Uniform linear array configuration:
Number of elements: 48
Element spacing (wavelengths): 0.75
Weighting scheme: uniform
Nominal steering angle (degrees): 0
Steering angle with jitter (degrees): -1.763
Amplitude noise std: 0.05
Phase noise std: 0.05

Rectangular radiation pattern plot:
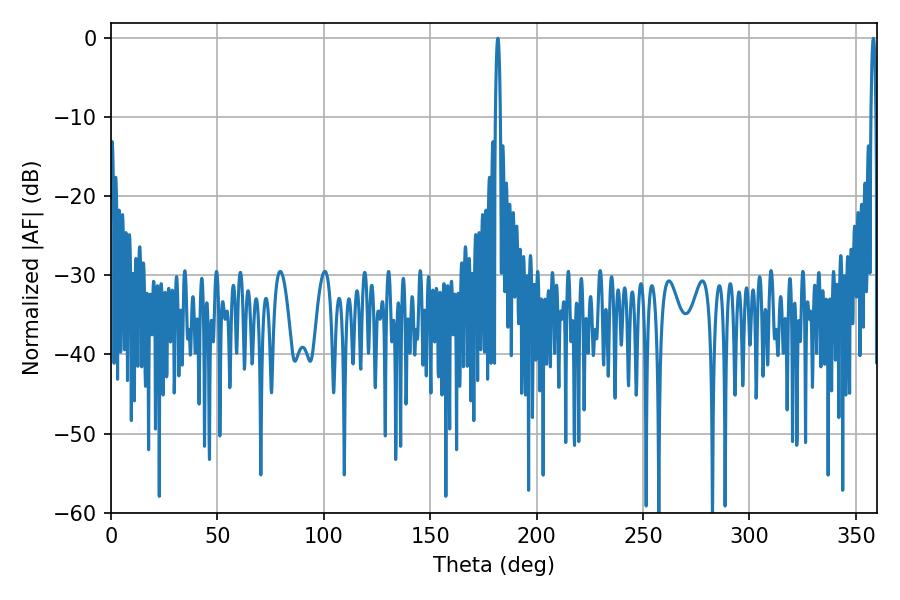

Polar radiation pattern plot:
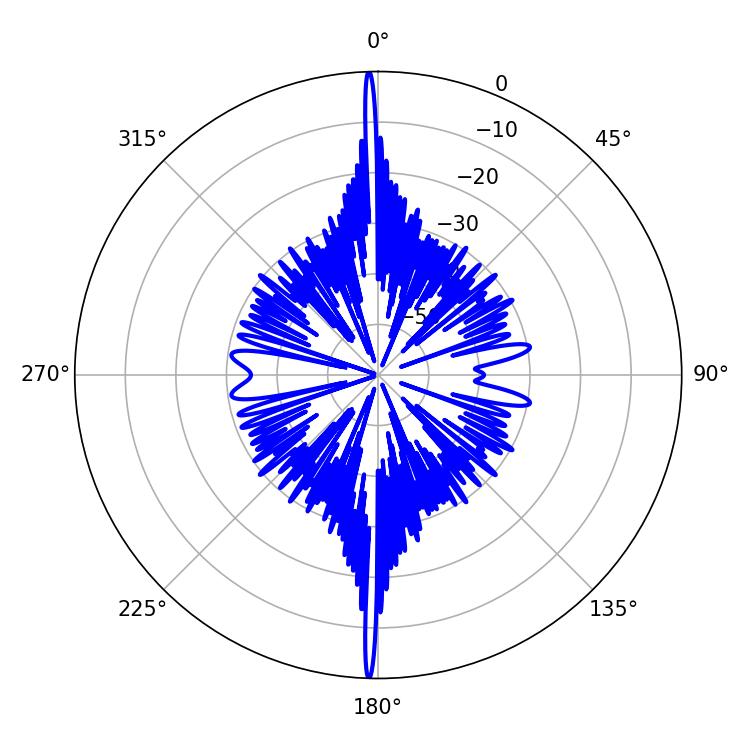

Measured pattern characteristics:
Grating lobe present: TRUE
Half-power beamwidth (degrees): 1.26
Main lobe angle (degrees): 181.8